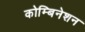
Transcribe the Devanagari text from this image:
कोम्बिनेशन